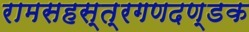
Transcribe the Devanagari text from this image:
रामसहस्त्रगणदण्डक